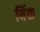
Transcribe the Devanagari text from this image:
बिंक